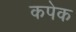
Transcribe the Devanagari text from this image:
कपेक